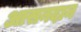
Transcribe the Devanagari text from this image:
आसनदान